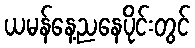
ယမန်နေ့ညနေပိုင်းတွင်